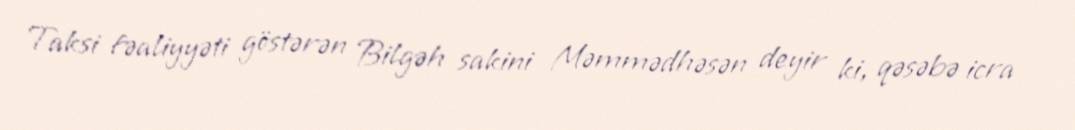
Taksi fəaliyyəti göstərən Bilgəh sakini Məmmədhəsən deyir ki, qəsəbə icra